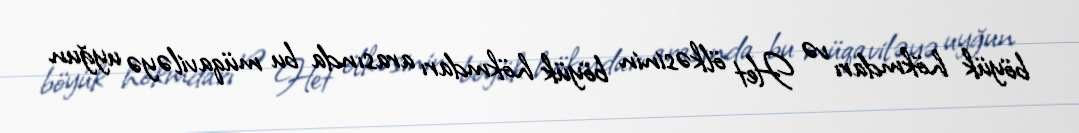
böyük hökmdarı və Het ölkəsinin böyük hökmdarı arasında bu müqaviləyə uyğun